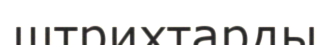
штрихтарды